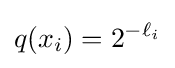
q(x_{i})=2^{-\ell _{i}}